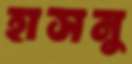
হাসনু